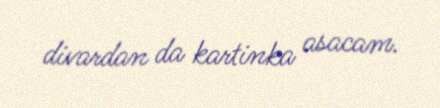
divardan da kartinka asacam.